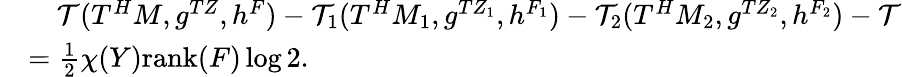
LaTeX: \begin{array}{rl}&{\ \ \ \ \mathcal{T}(T^{H}M,g^{TZ},h^{F})-\mathcal{T}_{1}(T^{H}M_{1},g^{TZ_{1}},h^{F_{1}})-\mathcal{T}_{2}(T^{H}M_{2},g^{TZ_{2}},h^{F_{2}})-\mathcal{T}}\\ &{=\frac{1}{2}\chi(Y)\mathrm{rank}(F)\log 2.}\end{array}